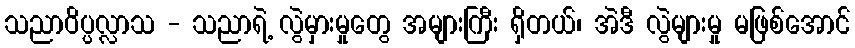
သညာဝိပ္ပလ္လာသ - သညာရဲ့ လွဲမှားမှုတွေ အများကြီး ရှိတယ်၊ အဲဒီ လွဲများမှု မဖြစ်အောင်